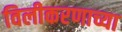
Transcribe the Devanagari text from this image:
विलीकरणाच्या